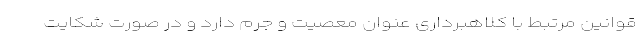
قوانین مرتبط با کلاهبرداری عنوان معصیت و جرم دارد و در صورت شکایت